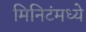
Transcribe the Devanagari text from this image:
मिनिटंमध्ये